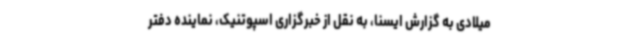
میلادی به گزارش ایسنا، به نقل از خبرگزاری اسپوتنیک، نماینده دفتر